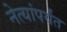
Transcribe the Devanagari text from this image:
नेत्यांपर्यंत